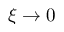
\xi \rightarrow 0